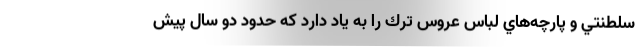
سلطنتي و پارچه‌هاي لباس عروس ترك را به ياد دارد كه حدود دو سال پيش